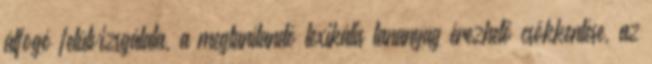
átfogó felülvizsgálata, a megtanítandó lexikális tananyag érezhető csökkentése, az